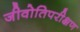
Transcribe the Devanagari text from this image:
जीवोतिपरीक्षण